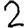
Digit: 2